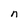
Character: n